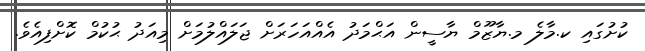
ކުށުގައި ކ.މާލެ މ.ޔާޒޫމް ޔާސީން އަޙްމަދު އެއްއަހަރަށް ޖަލައްލުމަށް މިއަދު ޙުކުމް ކޮށްފިއެވެ.